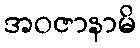
အဝဇာနာမိ